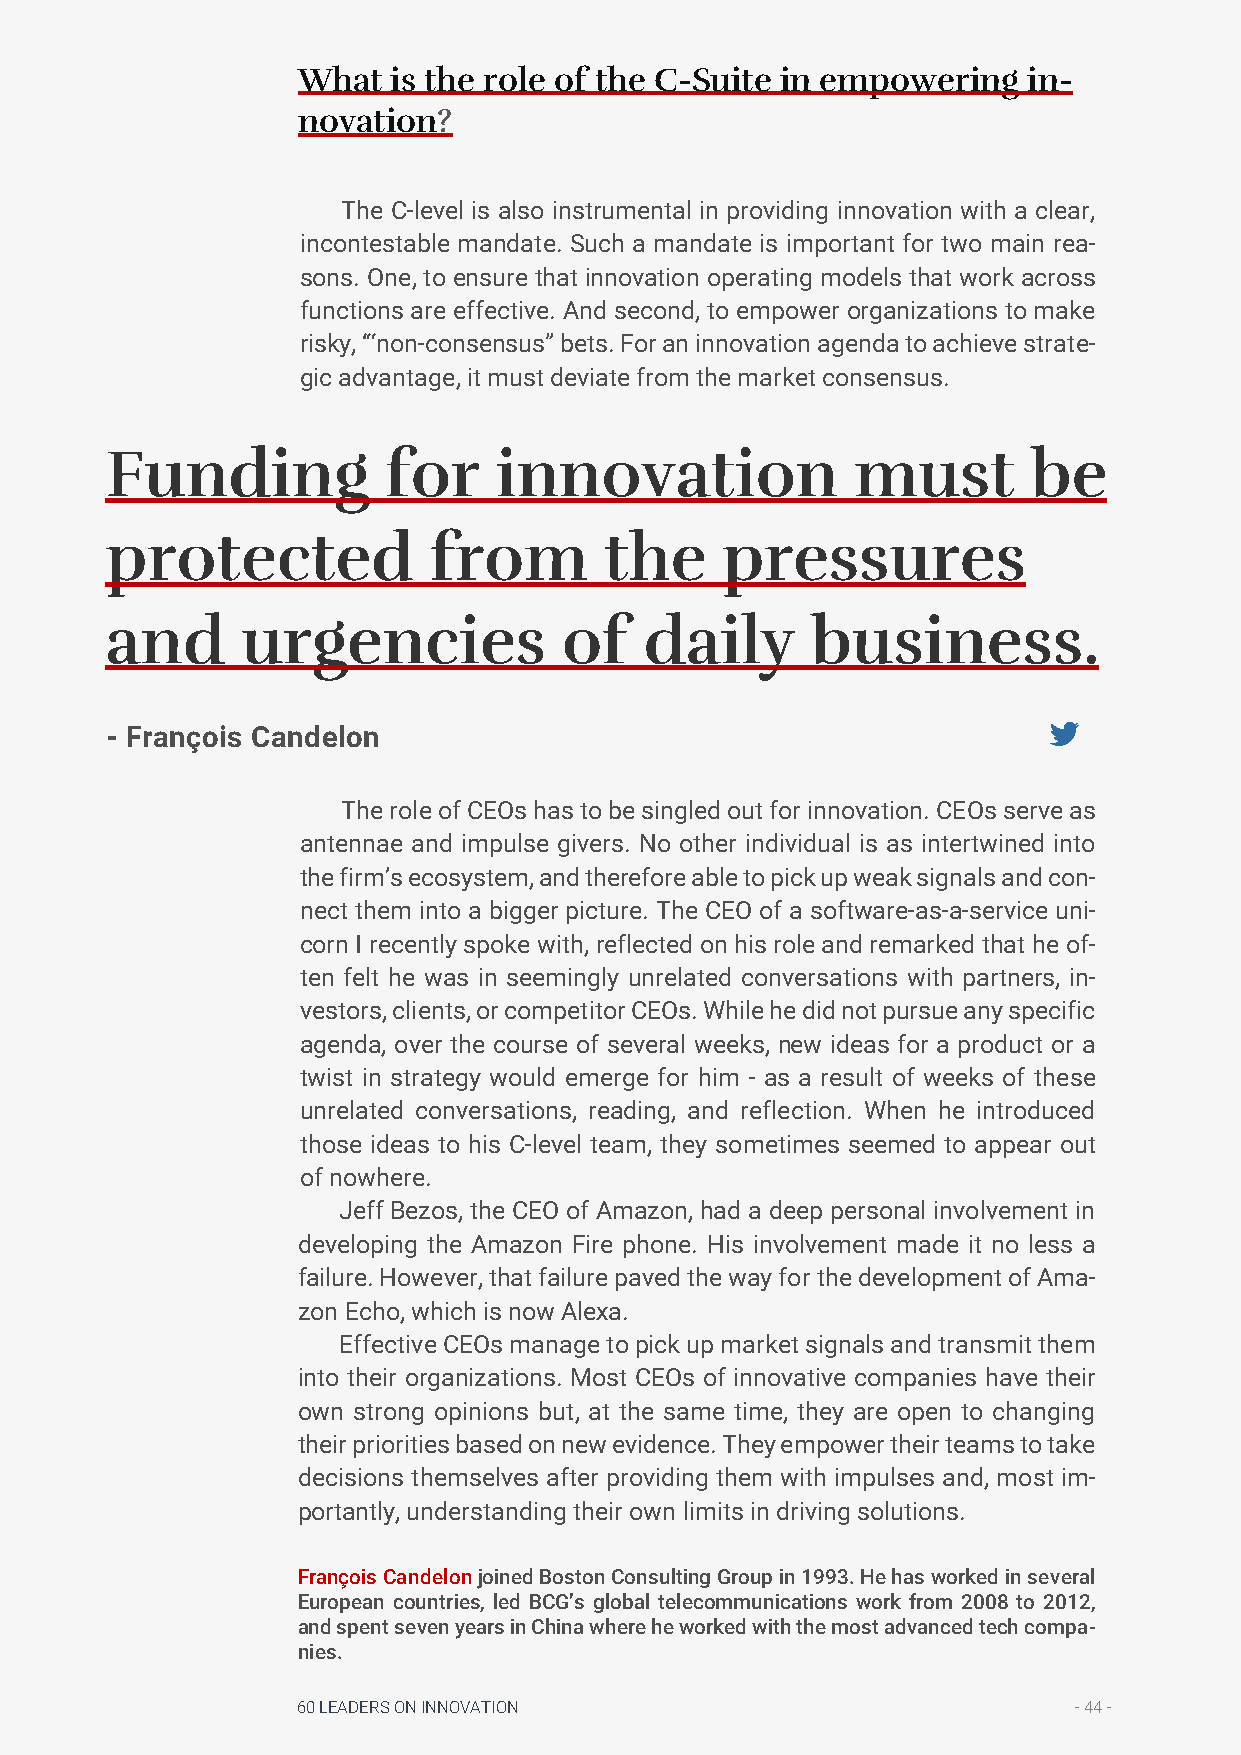
What  is the role of the C-Suite in empowering  in-
 novation?
 The C-level is also instrumental in providing innovation with a clear,
 incontestable mandate. Such a mandate is important for two main rea-
 sons. One, to ensure that innovation operating models that work across
 functions are effective. And second, to empower organizations to make
 risky, “‘non-consensus” bets. For an innovation agenda to achieve strate-
 gic advantage, it must deviate from the market consensus.
 Funding           for     innovation              must       be
 protected            from        the     pressures
 and      urgencies            of    daily      business.
 - François Candelon
 The role of CEOs has to be singled out for innovation. CEOs serve as
 antennae and impulse givers. No other individual is as intertwined into
 the firm’s ecosystem, and therefore able to pick up weak signals and con-
 nect them into a bigger picture. The CEO of a software-as-a-service uni-
 corn I recently spoke with, reflected on his role and remarked that he of-
 ten felt he was in seemingly unrelated conversations with partners, in-
 vestors, clients, or competitor CEOs. While he did not pursue any specific
 agenda, over the course of several weeks, new ideas for a product or a
 twist in strategy would emerge for him - as a result of weeks of these
 unrelated conversations, reading, and reflection. When he introduced
 those ideas to his C-level team, they sometimes seemed to appear out
 of nowhere.
 Jeff Bezos, the CEO of Amazon, had a deep personal involvement in
 developing the Amazon Fire phone. His involvement made it no less a
 failure. However, that failure paved the way for the development of Ama-
 zon Echo, which is now Alexa.
 Effective CEOs manage to pick up market signals and transmit them
 into their organizations. Most CEOs of innovative companies have their
 own strong opinions but, at the same time, they are open to changing
 their priorities based on new evidence. They empower their teams to take
 decisions themselves after providing them with impulses and, most im-
 portantly, understanding their own limits in driving solutions.
 François Candelon joined Boston Consulting Group in 1993. He has worked in several
 European countries, led BCG’s global telecommunications work from 2008 to 2012,
 and spent seven years in China where he worked with the most advanced tech compa-
 nies.
 60 LEADERS ON INNOVATION                           - 44 -